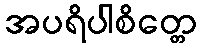
အပရိပါစိတ္တေ